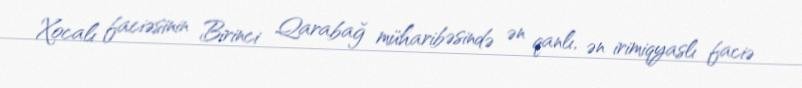
Xocalı faciəsinin Birinci Qarabağ müharibəsində ən qanlı, ən irimiqyaslı faciə